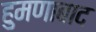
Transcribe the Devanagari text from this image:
हुमणाबाद